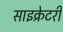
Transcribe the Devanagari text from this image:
साइक्रेटरी